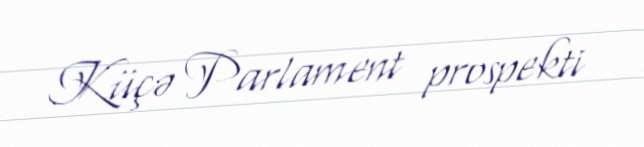
Küçə Parlament prospekti